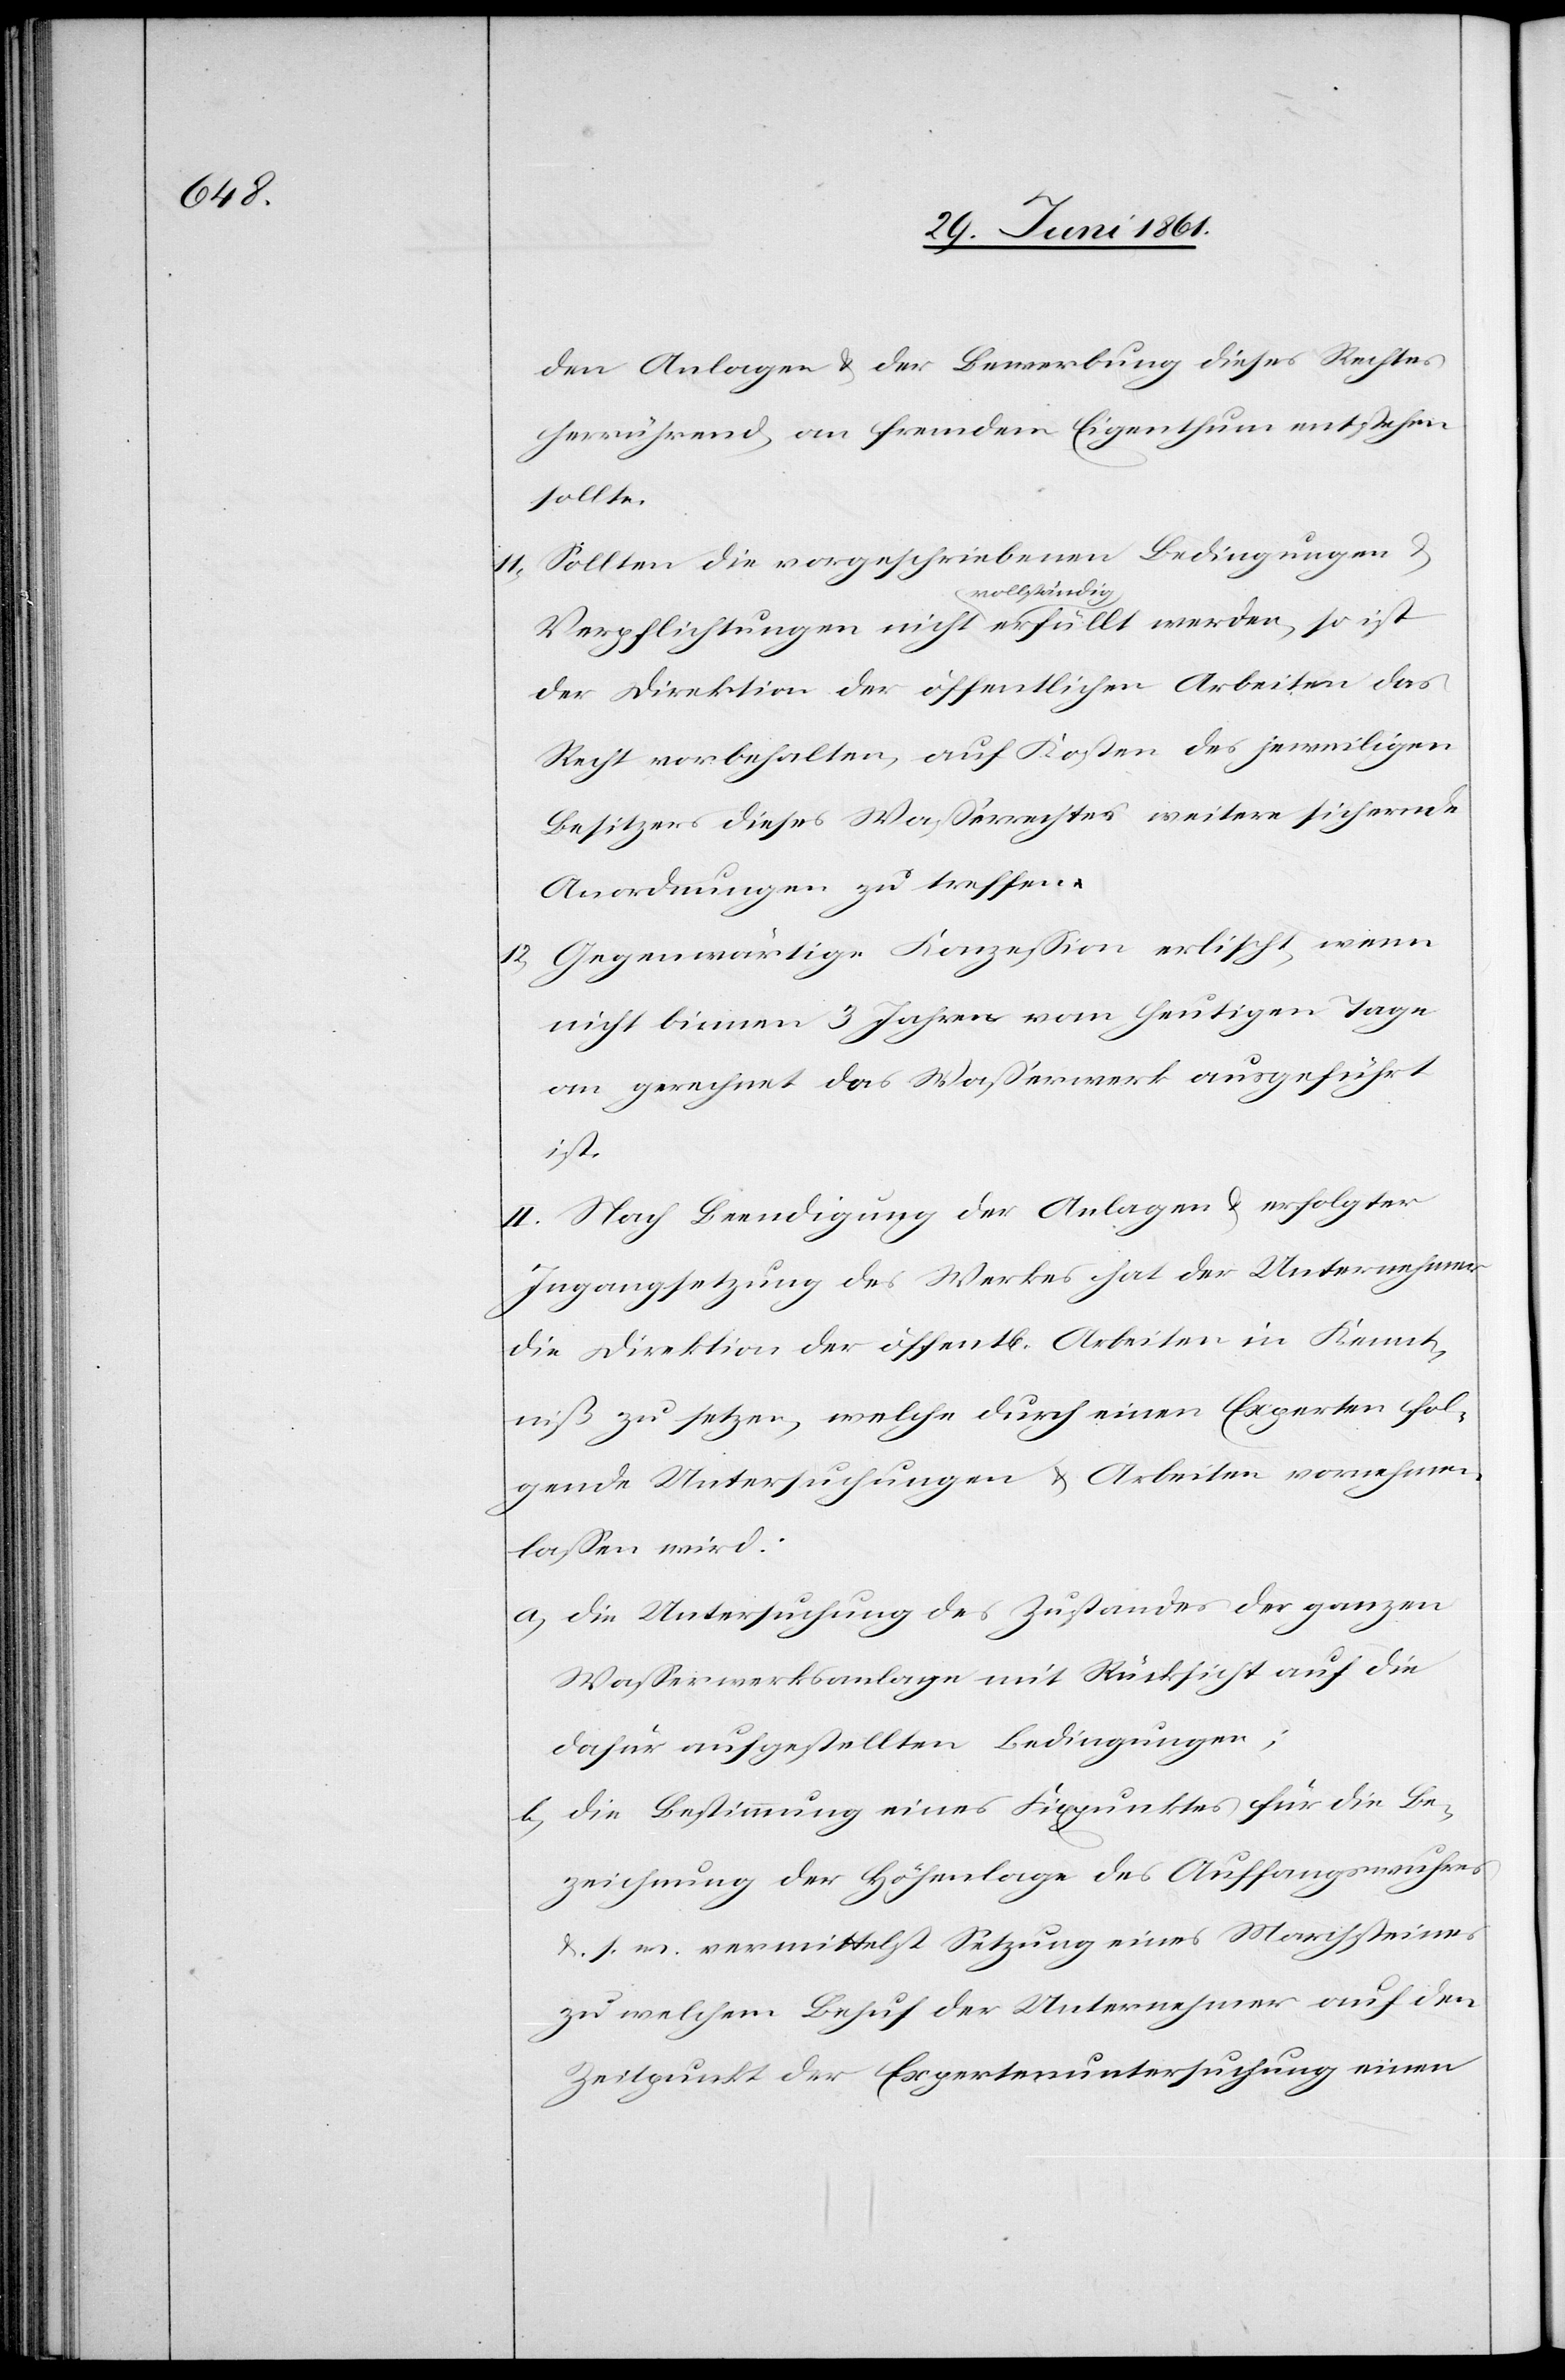
den Anlagen u. der Bewerbung dieses Rechtes
herrührend an fremdem Eigenthum entstehen
sollte.
11. Sollten die vorgeschriebenen Bedingungen u.
Verpflichtungen nicht vollständig erfüllt werden, so ist
der Direktion der öffentlichen Arbeiten das
Recht vorbehalten, auf Kosten des jeweiligen
Besitzers dieses Wasserrechtes weitere sichernde
Anordnungen zu treffen.
12. Gegenwärtige Konzession erlischt, wenn
nicht binnen 3 Jahren vom heutigen Tage
an gerechnet das Wasserwerk ausgeführt
ist.
II. Nach Beendigung der Anlagen u. erfolgter
Ingangsetzung des Werkes hat der Unternehmer
die Direktion der öffent[lichen] Arbeiten in Kennt¬
niß zu setzen, welche durch einen Experten fol¬
gende Untersuchungen u. Arbeiten vornehmen
lassen wird:
a) Die Untersuchung des Zustandes der ganzen
Wasserwerksanlage mit Rücksicht auf die
dafür aufgestellten Bedingungen;
b) Die Bestimmung eines Fixpunktes für die Be¬
zeichnung der Höhenlage des Auffangswuhres
u. s. w. vermittelst Setzung eines Marchsteines
zu welchem Behuf der Unternehmer auf den
Zeitpunkt der Expertenuntersuchung einen